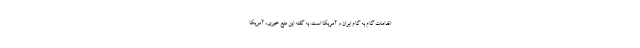
اقدامات گام به گام ایران و آمریکا است. به گفته این منبع خبری، آمریکا